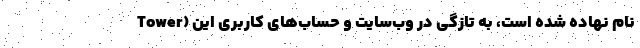
Tower) نام نهاده شده است، به تازگی در وب‌سایت و حساب‌های کاربری این